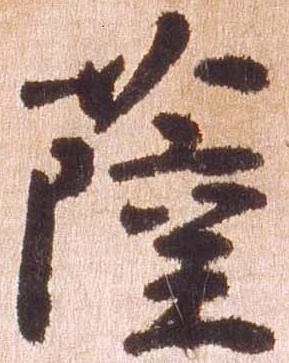
薩